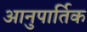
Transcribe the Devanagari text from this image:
आनुपार्तिक